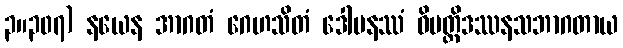
၃။၃၀၇) နယေန အာဂတံ ဂေဟသိတံ ဒေါမနဿံ ဝိပတ္တိဒဿနသဘာဂတာယ